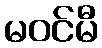
မဝင်မီ